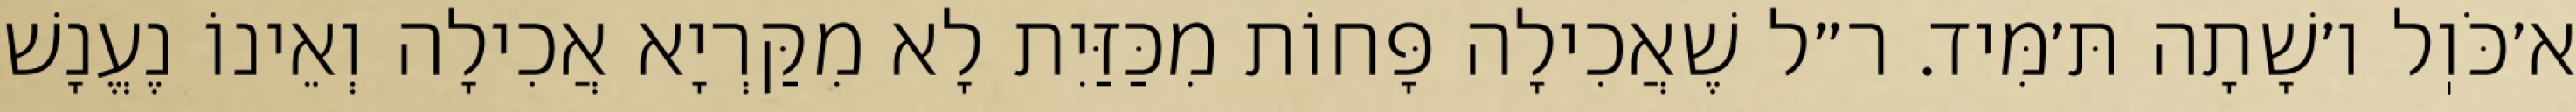
א׳כֹּוֽל ו׳שָׁתָה תּ׳מִּיד. ר״ל שֶׁאֲכִילָה פָּחוֹת מִכַּזַּיִת לָא מִקַּרְיָא אֲכִילָה וְאֵינוֹ נֶעֱנָשׁ